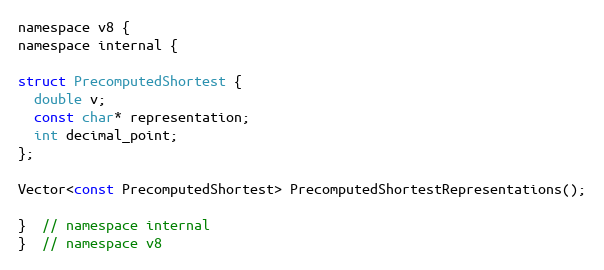
Language: C
namespace v8 {
namespace internal {

struct PrecomputedShortest {
  double v;
  const char* representation;
  int decimal_point;
};

Vector<const PrecomputedShortest> PrecomputedShortestRepresentations();

}  // namespace internal
}  // namespace v8